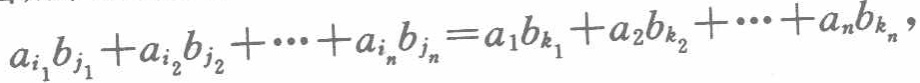
\(a_{i_1}b_{j_1}+a_{i_2}b_{j_2}+\cdots +a_{i_n}b_{j_n}=a_1b_{k_1}+a_2b_{k_2}+\cdots +a_nb_{k_n},\)